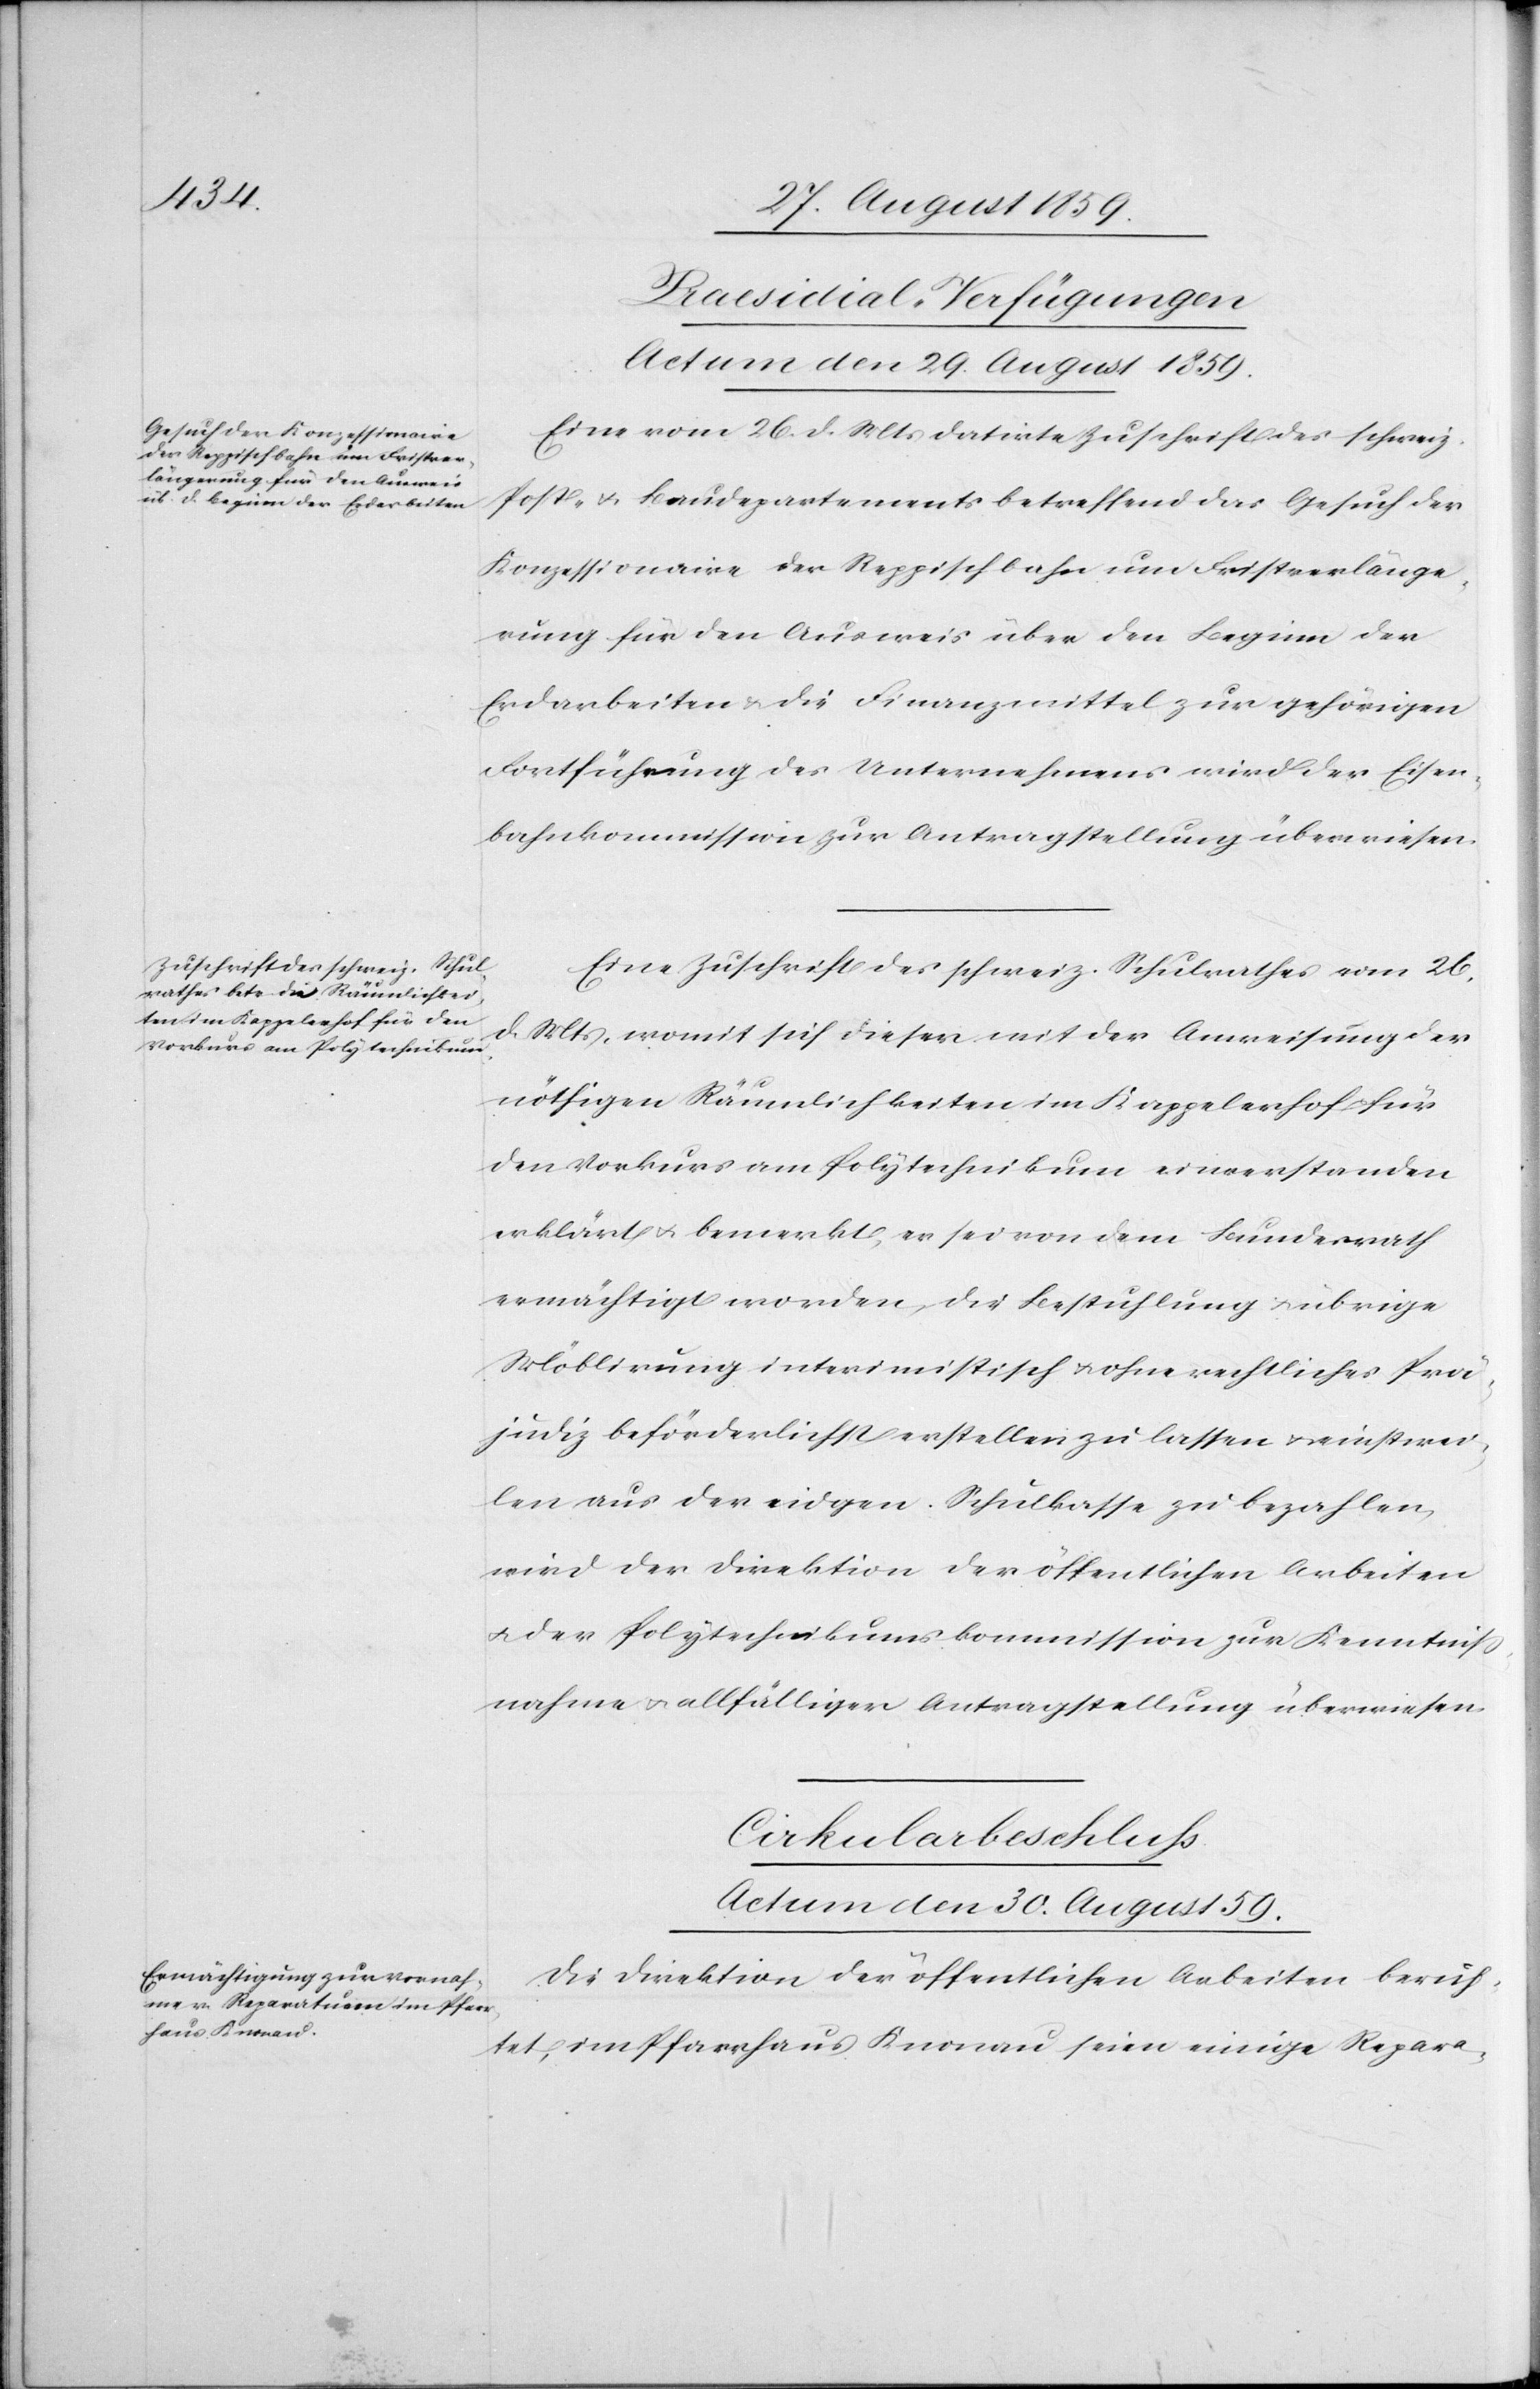
[Praesidial-Verfügungen
Actum den 29. August 1859.]
Eine vom 26. d. Mts. datirte Zuschrift des schweiz.
Post- & Baudepartements betreffend das Gesuch der
Konzessionaire der Reppischbahn um Fristverlänge¬
rung für den Ausweis über den Beginn der
Erdarbeiten & die Finanzmittel zur gehörigen
Fortführung des Unternehmens wird der Eisen¬
bahnkommission zur Antragstellung überwiesen.
Eine Zuschrift des schweiz. Schulrathes vom 26.
d. Mts. womit sich dieser mit der Anweisung der
nöthigen Räumlichkeiten im Kappelerhof für
den Vorkurs am Polytechnikum einverstanden
erklärt & bemerkt, er sei von dem Bundesrath
ermächtigt worden, die Bestuhlung & übrige
Möblirung interimistisch & ohne rechtliche Prä¬
judiz beförderlich erstellen zu lassen & einstwei¬
len aus der eidgen. Schulkasse zu bezahlen,
wird der Direktion der öffentlichen Arbeiten
& der Polytechnikumskommission zur Kenntniß¬
nahme & allfälliger Antragstellung überwiesen.
Cirkularbeschluß.
Actum den 30. August 59.
Die Direktion der öffentlichen Arbeiten berich¬
tet, im Pfarrhaus Knonau seien einige Repara-